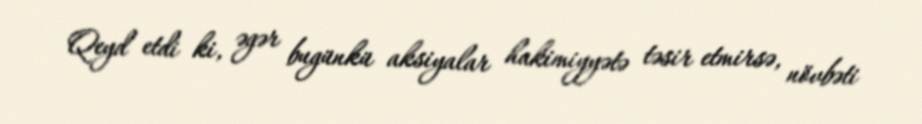
Qeyd etdi ki, əgər bugünkü aksiyalar hakimiyyətə təsir etmirsə, növbəti